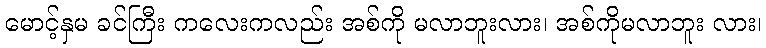
မောင့်နှမ ခင်ကြီး ကလေးကလည်း အစ်ကို မလာဘူးလား၊ အစ်ကိုမလာဘူး လား၊